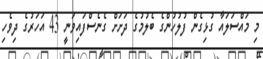
މި މައްސަލައާ ގުޅިގެން ފުލުހުންގެ ބެލުމުގެ ދަށަށް ގެނެސްފައިވަނީ 43 އަހަރުގެ ދިވެހި